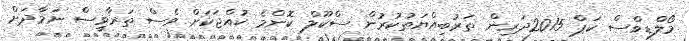
މޯލްޑިވްސް ކަޕް 2015ދަރިން ތަރުބިއްޔަތުކުރުން ސްކޫލް ކޮންމެ ކުއްޖަކަށް ވެސް ތަރާވީސް ނަމާދަށް